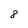
Character: 8